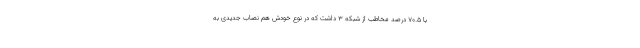
با ۷۰.۵ درصد مخاطب از شبکه ۳ داشت که در نوع خودش هم نصاب جدیدی به